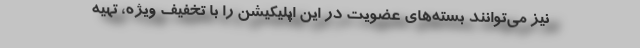
نیز می‌توانند بسته‌های عضویت در این اپلیکیشن را با تخفیف ویژه، تهیه